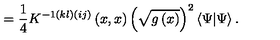
= \frac 1 4 K ^ { - 1 \left( k l \right) \left( i j \right) } \left( x , x \right) \left( \sqrt { g \left( x \right) } \right) ^ { 2 } \left\langle \Psi | \Psi \right\rangle .